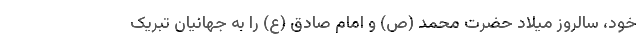
خود، سالروز میلاد حضرت محمد (ص) و امام صادق (ع) را به جهانیان تبریک